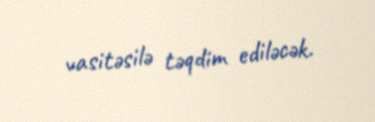
vasitəsilə təqdim ediləcək.